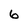
Character: 6